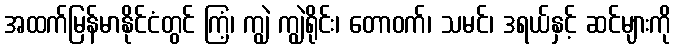
အထက်မြန်မာနိုင်ငံတွင် ကြံ့၊ ကျွဲ ကျွဲရိုင်း၊ တောဝက်၊ သမင်၊ ဒရယ်နှင့် ဆင်များကို